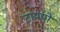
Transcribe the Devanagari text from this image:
टायपो